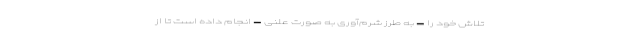
تلاش خود را – به طرز شرم‌آوری به صورت علنی – انجام داده است تا از